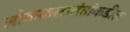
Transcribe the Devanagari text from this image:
लोककलावंतांकडील